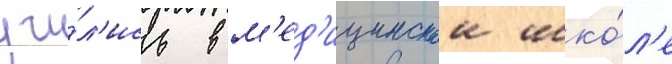
учи́л'ись в м'ед'ицинскои шко́л'е